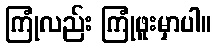
ကြုံလည်း ကြုံဖူးမှာပါ။